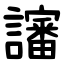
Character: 讅